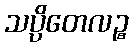
သပ္ပိတေလဉ္စ